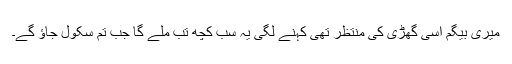
میری بیگم اسی گھڑی کی منتظر تھی کہنے لگی یہ سب کچھ تب ملے گا جب تم سکول جاؤ گے۔